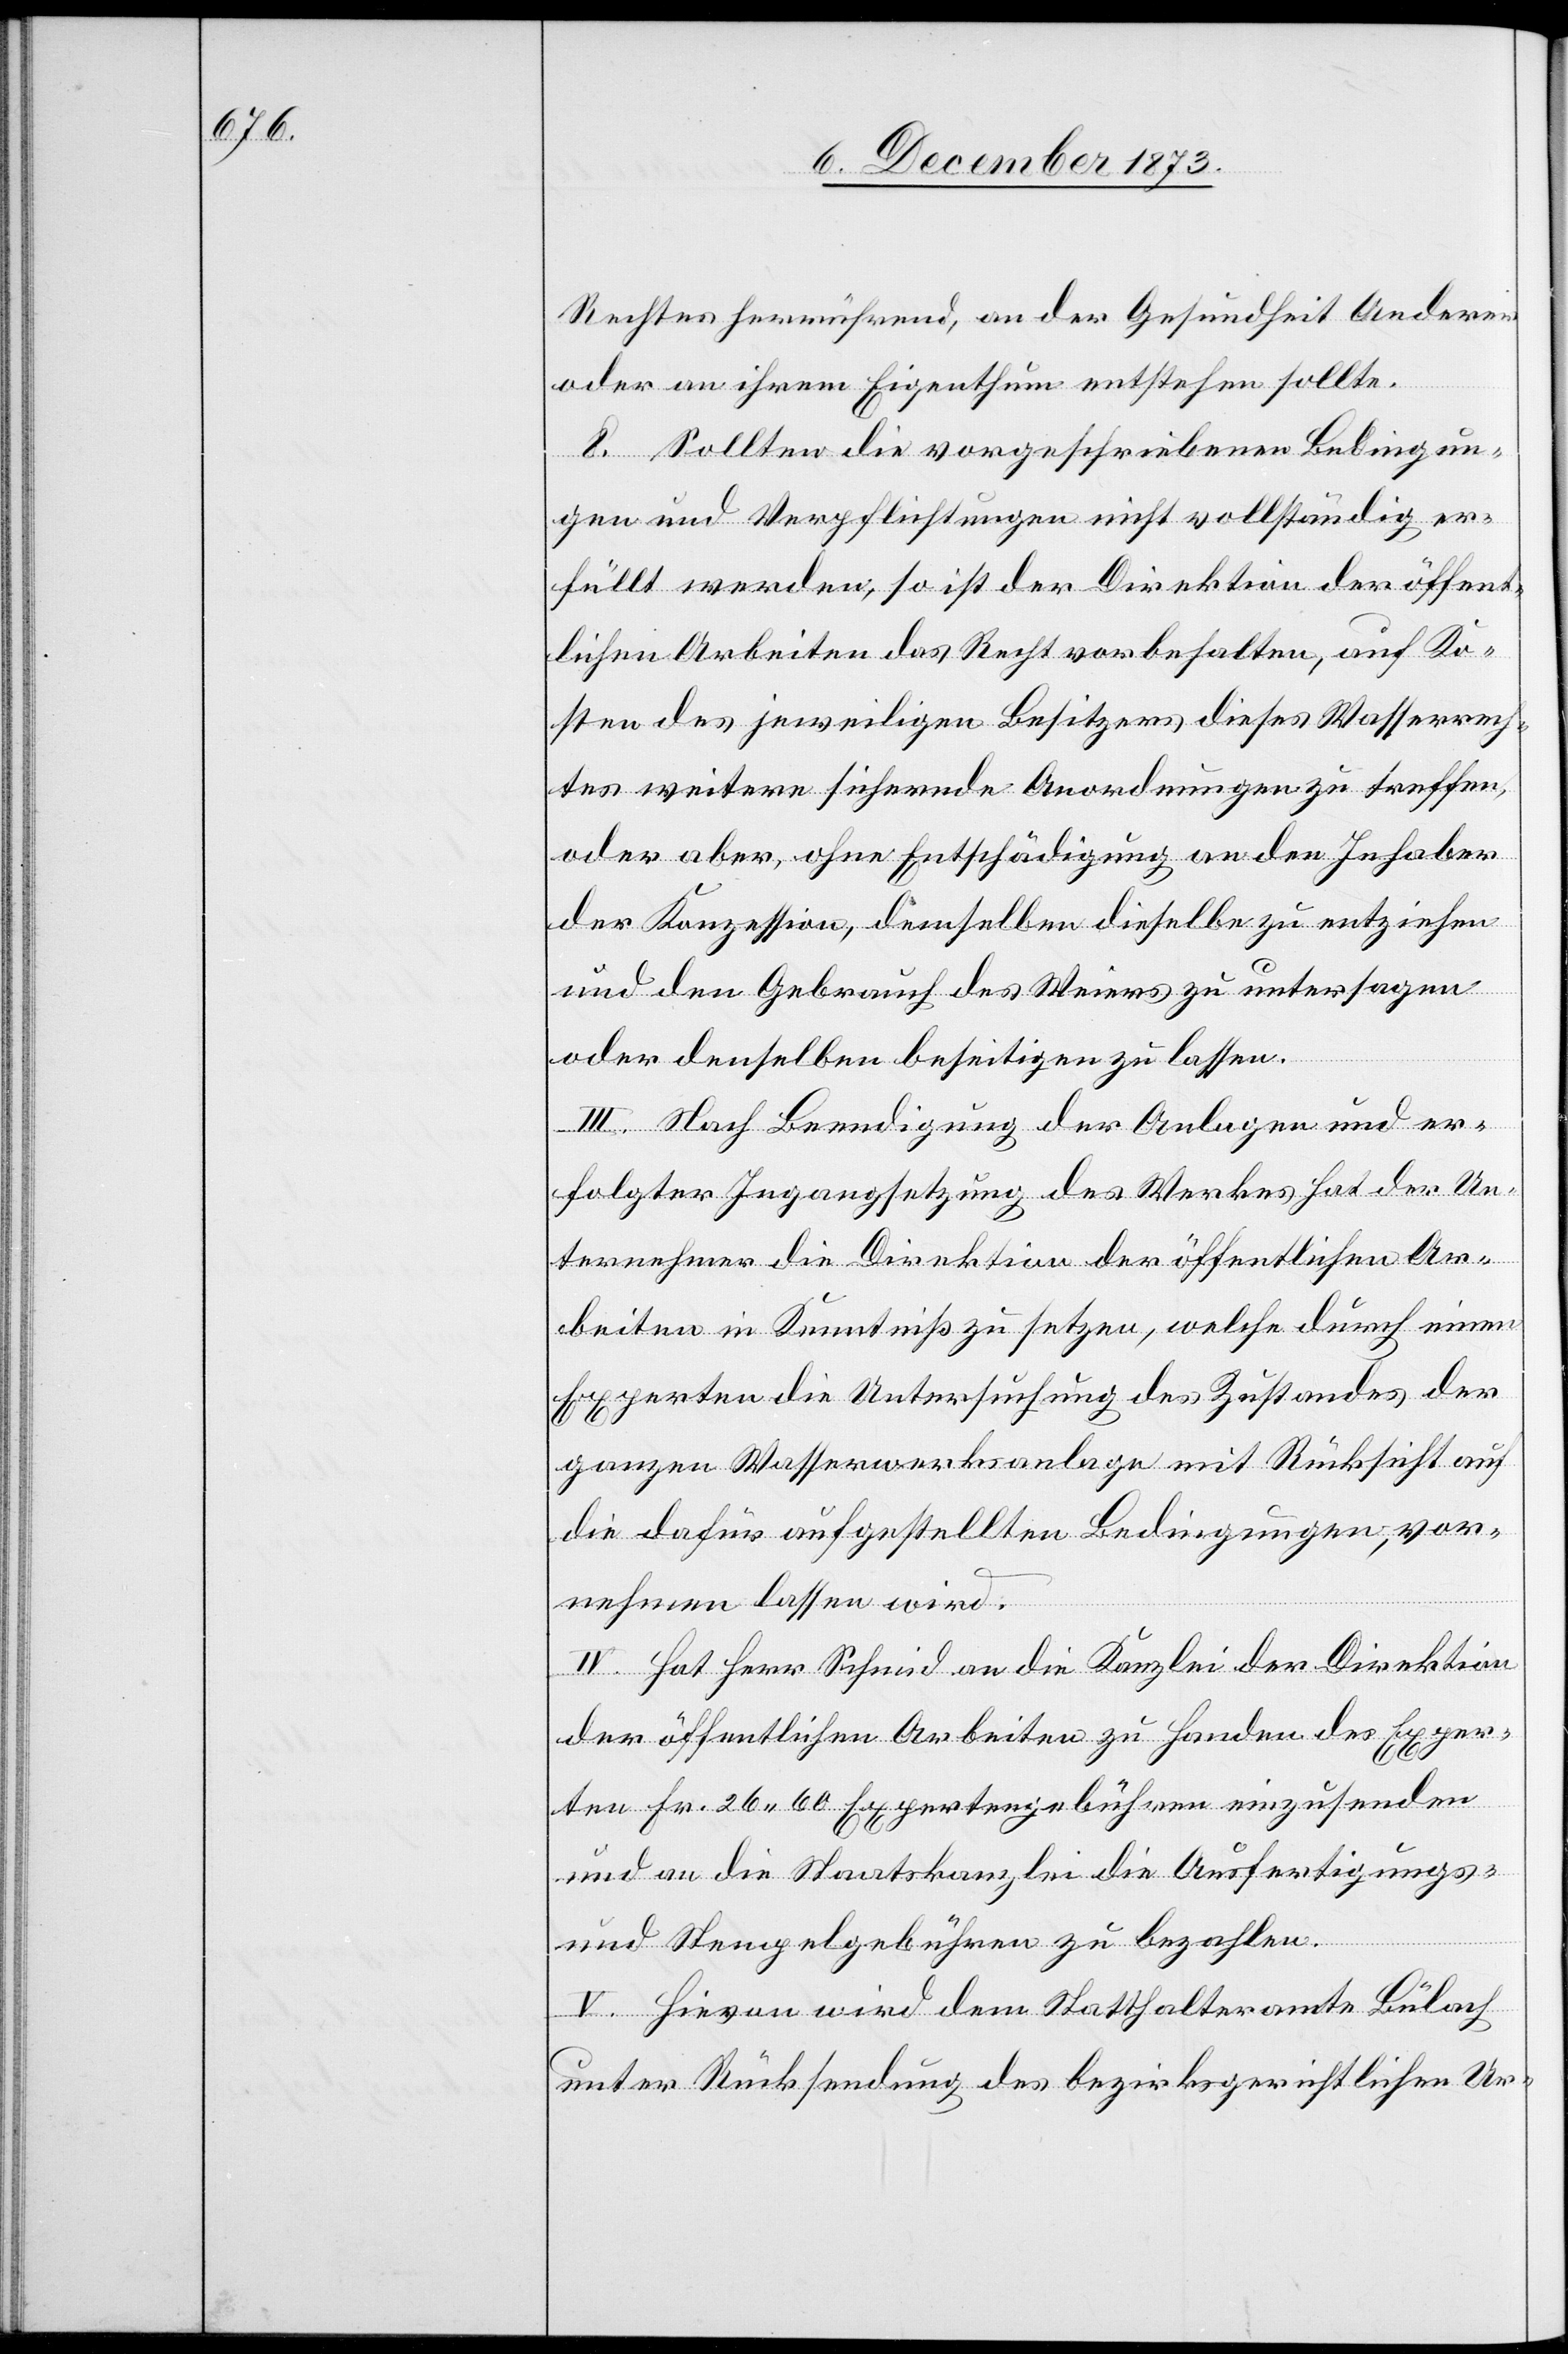
Rechtes herrührend, an der Gesundheit Anderer
oder an ihrem Eigenthum entstehen sollte.
8. Sollten die vorgeschriebenen Bedingun¬
gen und Verpflichtungen nicht vollständig er¬
füllt werden, so ist der Direktion der öffent¬
lichen Arbeiten das Recht vorbehalten, auf Ko¬
sten des jeweiligen Besitzers dieses Wasserrech¬
tes weitere sichernde Anordnungen zu treffen,
oder aber, ohne Entschädigung an den Inhaber
der Konzession, demselben dieselbe zu entziehen
und den Gebrauch des Weiers zu untersagen
oder denselben beseitigen zu lassen.
III. Nach Beendigung der Anlagen und er¬
folgter Ingangsetzung des Werkes hat der Un¬
ternehmer die Direktion der öffentlichen Ar¬
beiten in Kenntniß zu setzen, welche durch einen
Experten die Untersuchung des Zustandes der
ganzen Wasserwerksanlage mit Rücksicht auf
die dafür aufgestellten Bedingungen, vor¬
nehmen lassen wird.
IV. Hat Herr Schmid an die Kanzlei der Direktion
der öffentlichen Arbeiten zu Handen des Exper¬
ten Fr. 26 60 Expertengebühren einzusenden
und an die Staatskanzlei die Ausfertigungs-
und Stempelgebühren zu bezahlen.
V. Hievon wird dem Statthalteramte Bülach
unter Rücksendung des bezirksgerichtlichen Ur-